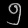
Digit: ၅